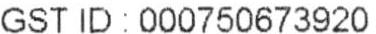
GST ID : 000750673920